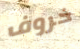
خروف